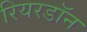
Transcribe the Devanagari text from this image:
रियरडॉन